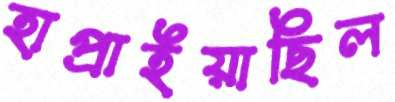
হাপ্‌রাইয়াছিল